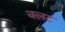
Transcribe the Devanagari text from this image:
क्लट